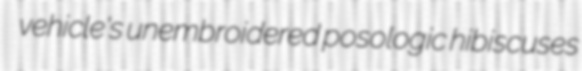
vehicle's unembroidered posologic hibiscuses